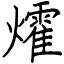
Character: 㸌